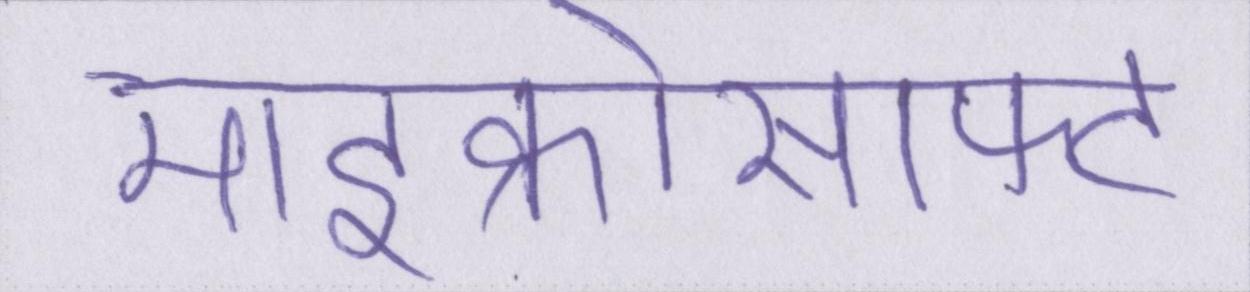
माइक्रोसाफ्ट